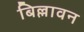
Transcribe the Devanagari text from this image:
बिल्लावन